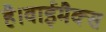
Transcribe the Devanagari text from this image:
है।वाईमैक्स